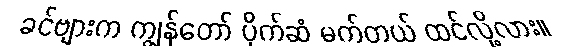
ခင်ဗျားက ကျွန်တော် ပိုက်ဆံ မက်တယ် ထင်လို့လား။